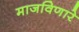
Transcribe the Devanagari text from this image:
माजविणारे